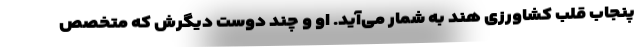
پنجاب قلب کشاورزی هند به شمار می‌آید. او و چند دوست دیگرش که متخصص